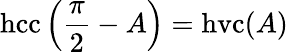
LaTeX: \operatorname{hcc}\left({\frac{\pi}{2}}-A\right)=\operatorname{hvc}(A)